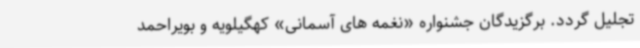
تجلیل گردد. برگزیدگان جشنواره «نغمه های آسمانی» کهگیلویه و بویراحمد